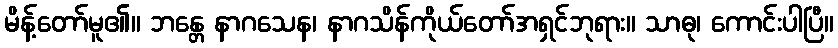
မိန့်တော်မူ၏။ ဘန္တေ နာဂသေန၊ နာဂသိန်ကိုယ်တော်အရှင်ဘုရား။ သာဓု၊ ကောင်းပါပြီ။